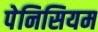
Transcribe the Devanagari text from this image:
पेनिसियम